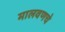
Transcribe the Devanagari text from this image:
मालवणचे